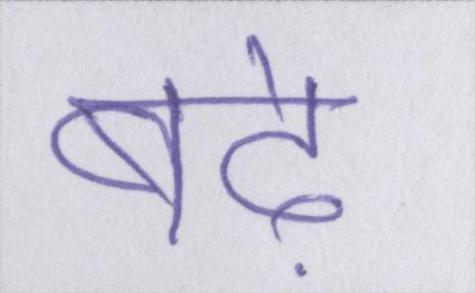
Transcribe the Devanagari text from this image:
बढ़े